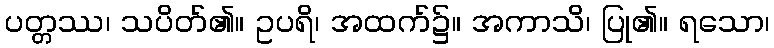
ပတ္တဿ၊ သပိတ်၏။ ဥပရိ၊ အထက်၌။ အကာသိ၊ ပြု၏။ ရသော၊